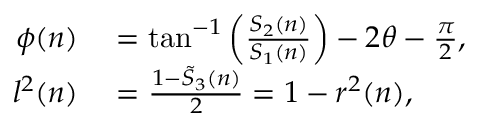
\begin{array} { r l } { \phi ( n ) } & { { } = \tan ^ { - 1 } \left( \frac { S _ { 2 } ( n ) } { S _ { 1 } ( n ) } \right) - 2 \theta - \frac { \pi } { 2 } , } \\ { l ^ { 2 } ( n ) } & { { } = \frac { 1 - \tilde { S } _ { 3 } ( n ) } { 2 } = 1 - r ^ { 2 } ( n ) , } \end{array}